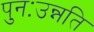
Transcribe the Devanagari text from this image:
पुनःउन्नति